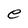
Character: e